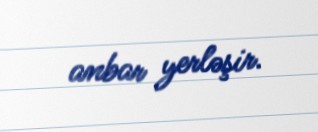
anbar yerləşir.